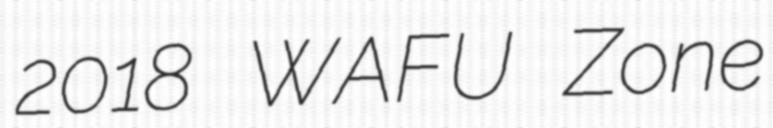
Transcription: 2018 WAFU Zone